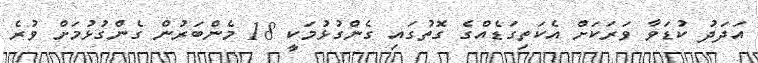
އަދަދު ކުޑަވާ ވަރަކަށް އެކަތިގަޑެއްގެ ގޮތުގައި ގެންގުޅުމަކީ 18 މެންބަރުން ގެންގުޅުމަށް ވުރެ